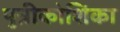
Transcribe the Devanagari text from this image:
पुत्रीकोशिका